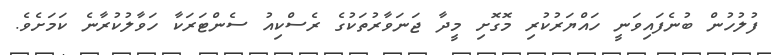
ފުލުހުން ބުނެފައިވަނީ ހައްޔަރުކުރި މޮގޮށި މީދާ ޖަނަވާރުތަކުގެ ރެސްކިއު ސެންޓަރަކާ ހަވާލުކުރާނެ ކަމަށެވެ.